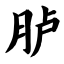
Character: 胪